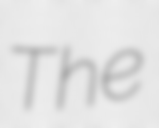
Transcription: The